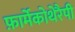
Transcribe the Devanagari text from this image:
फ़ार्मेकोथेरैपी